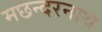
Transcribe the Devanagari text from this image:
मछन्दरनाथ